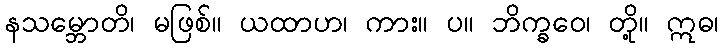
နသမ္ဘောတိ၊ မဖြစ်။ ယထာဟ၊ ကား။ ပ။ ဘိက္ခဝေ၊ တို့။ ဣဓ၊